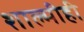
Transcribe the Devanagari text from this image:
शाल्मीही